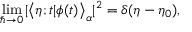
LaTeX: \operatorname * { l i m } _ { \hbar \to 0 } | \bigl < \eta ; t | \phi ( t ) \bigr > _ { \alpha } | ^ { 2 } = \delta ( \eta - \eta _ { 0 } ) ,